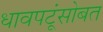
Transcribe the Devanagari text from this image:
धावपटूंसोबत